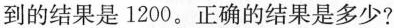
到的结果是1200。正确的结果是多少？